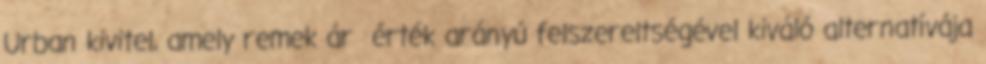
Urban kivitel, amely remek ár érték arányú felszereltségével kiváló alternatívája